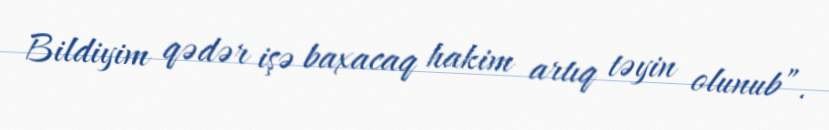
Bildiyim qədər işə baxacaq hakim artıq təyin olunub”.